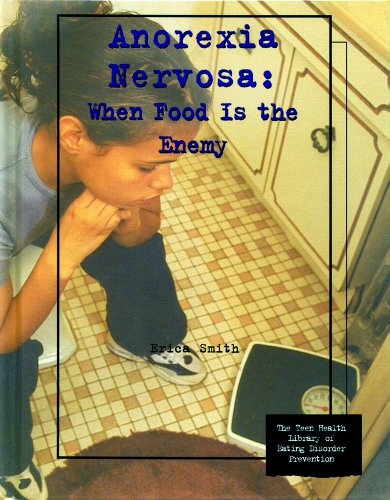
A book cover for Anorexia Nervosa: When Food Is the Enemy (Teen Health Library of Eating Disorder Prevention); Erica Smith; Health, Fitness & Dieting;